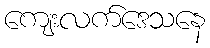
ကျေးလက်ဒေသနေ